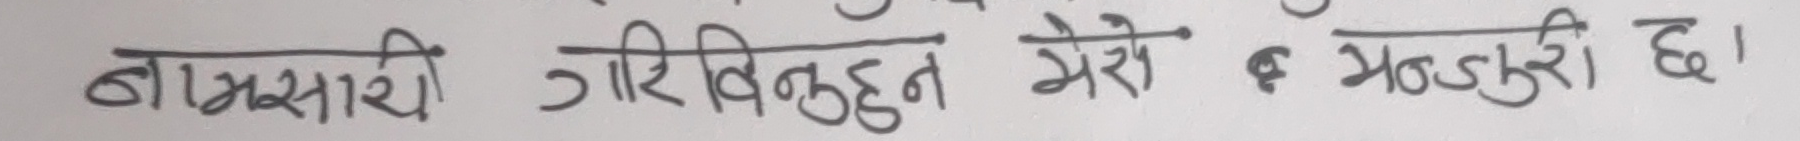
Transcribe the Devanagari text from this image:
बागमती गरिवितुहुन मेरो ए भन्डारी छ।